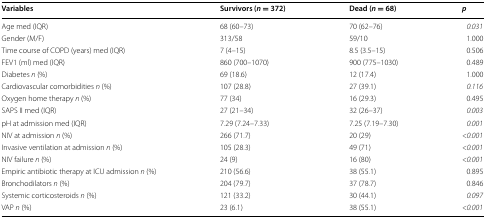
<table><thead><tr><td><b>Variables</b></td><td><b>Survivors (<i>n</i> = 372)</b></td><td><b>Dead (<i>n</i> = 68)</b></td><td><b><i>p</i></b></td></tr></thead><tbody><tr><td>Age med (IQR)</td><td>68 (60–73)</td><td>70 (62–76)</td><td><i>0.031</i></td></tr><tr><td>Gender (M/F)</td><td>313/58</td><td>59/10</td><td>1.000</td></tr><tr><td>Time course of COPD (years) med (IQR)</td><td>7 (4–15)</td><td>8.5 (3.5–15)</td><td>0.506</td></tr><tr><td>FEV1 (ml) med (IQR)</td><td>860 (700–1070)</td><td>900 (775–1030)</td><td>0.489</td></tr><tr><td>Diabetes <i>n</i> (%)</td><td>69 (18.6)</td><td>12 (17.4)</td><td>1.000</td></tr><tr><td>Cardiovascular comorbidities <i>n</i> (%)</td><td>107 (28.8)</td><td>27 (39.1)</td><td><i>0.116</i></td></tr><tr><td>Oxygen home therapy <i>n</i> (%)</td><td>77 (34)</td><td>16 (29.3)</td><td>0.495</td></tr><tr><td>SAPS II med (IQR)</td><td>27 (21–34)</td><td>32 (26–37)</td><td><i>0.003</i></td></tr><tr><td>pH at admission med (IQR)</td><td>7.29 (7.24–7.33)</td><td>7.25 (7.19–7.30)</td><td><i>0.001</i></td></tr><tr><td>NIV at admission <i>n</i> (%)</td><td>266 (71.7)</td><td>20 (29)</td><td><i>&lt;0.001</i></td></tr><tr><td>Invasive ventilation at admission <i>n</i> (%)</td><td>105 (28.3)</td><td>49 (71)</td><td><i>&lt;0.001</i></td></tr><tr><td>NIV failure <i>n</i> (%)</td><td>24 (9)</td><td>16 (80)</td><td><i>&lt;0.001</i></td></tr><tr><td>Empiric antibiotic therapy at ICU admission <i>n</i> (%)</td><td>210 (56.6)</td><td>38 (55.1)</td><td>0.895</td></tr><tr><td>Bronchodilators <i>n</i> (%)</td><td>204 (79.7)</td><td>37 (78.7)</td><td>0.846</td></tr><tr><td>Systemic corticosteroids <i>n</i> (%)</td><td>121 (33.2)</td><td>30 (44.1)</td><td><i>0.097</i></td></tr><tr><td>VAP <i>n</i> (%)</td><td>23 (6.1)</td><td>38 (55.1)</td><td><i>&lt;0.001</i></td></tr></tbody></table>